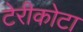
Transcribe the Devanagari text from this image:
टेरीकोटा